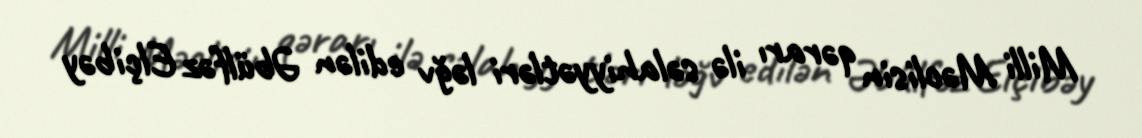
Milli Məclisin qərarı ilə səlahiyyətləri ləğv edilən Əbülfəz Elçibəy